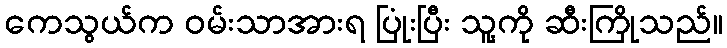
ကေသွယ်က ဝမ်းသာအားရ ပြုံးပြီး သူ့ကို ဆီးကြိုသည်။